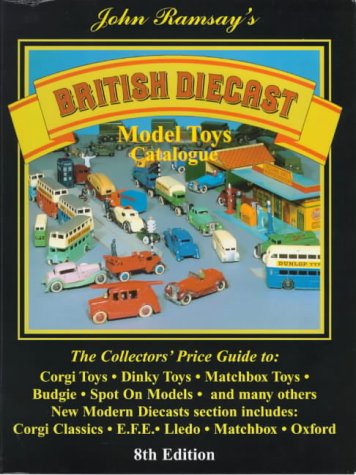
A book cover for British Diecast Model Toys Catalogue; Crafts, Hobbies & Home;